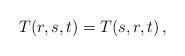
LaTeX: \begin{align*}T(r,s,t)=T(s,r,t)\,,\end{align*}